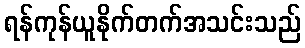
ရန်ကုန်ယူနိုက်တက်အသင်းသည်